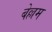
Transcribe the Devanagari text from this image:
बेल्लम